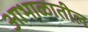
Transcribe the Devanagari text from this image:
आभाळातील